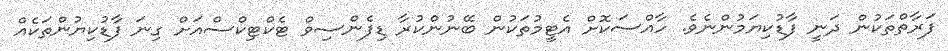
ފަރާތްތަކުން ދަނީ ފާޑުކިޔަމުންނެވެ. ހާއްސަކޮށް އެޓީމުތަކުން ބޭނުންކުރާ ޑިފެންސިވް ޓެކްޓިކްސްއަށް ގިނަ ފާޑުކިޔުންތަކެއް